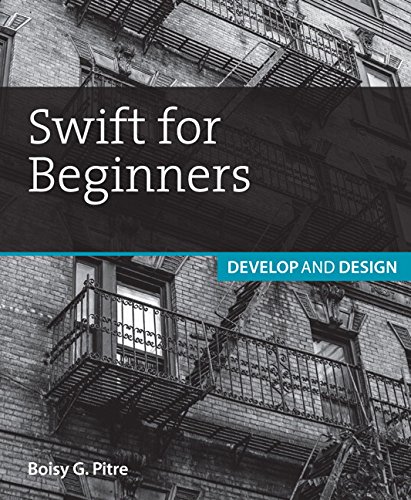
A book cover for Swift for Beginners: Develop and Design; Boisy G. Pitre; Computers & Technology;